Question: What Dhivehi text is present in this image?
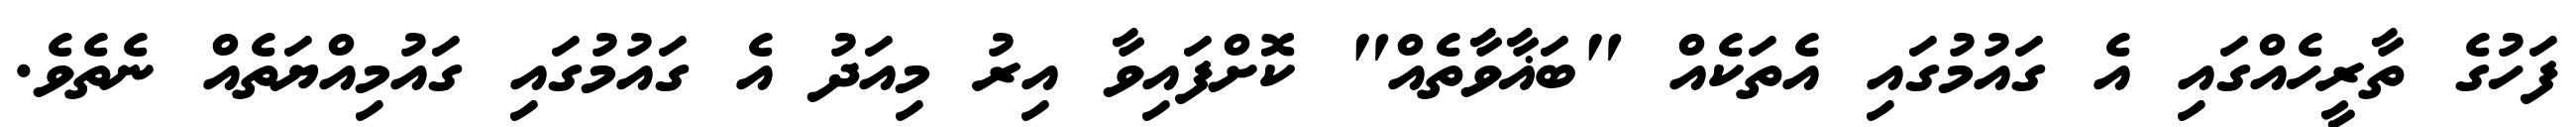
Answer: ފަހުގެ ތާރީހެއްގައި އެ ގައުމުގައި އެތަކެއް "ބަޣާވާތެއް" ކޮށްފައިވާ އިރު މިއަދު އެ ގައުމުގައި ގައުމިއްޔަތެއް ނެތެވެ.